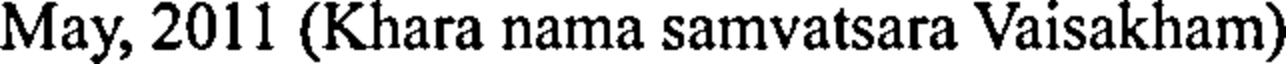
May, 2011 (Khara nama samvatsara Vaisakham)